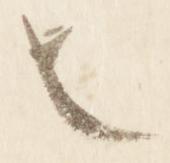
也